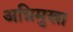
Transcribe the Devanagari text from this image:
अग्निमुखा